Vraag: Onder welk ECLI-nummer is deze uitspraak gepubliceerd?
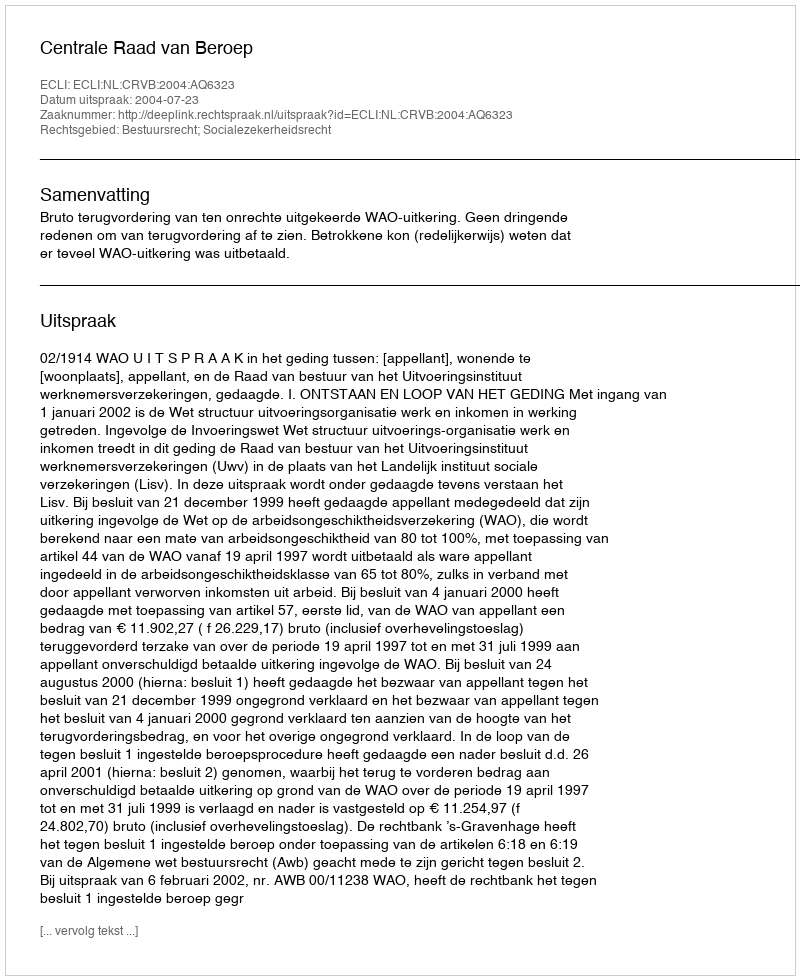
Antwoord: ECLI:NL:CRVB:2004:AQ6323